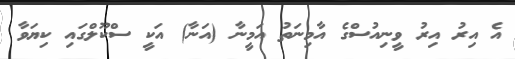
އެ އިރު އިރު ވީނިއުސްގެ އާމިނަތު އަމީނާ (އަނާ) އަކީ ސްކޫލްގައި ކިޔަވާ